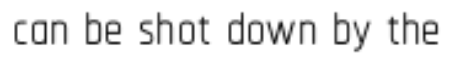
can be shot down by the